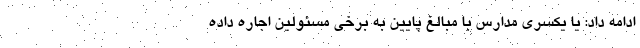
ادامه داد: یا یکسری مدارس با مبالغ پایین به برخی مسئولین اجاره داده